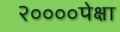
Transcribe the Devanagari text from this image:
२००००पेक्षा